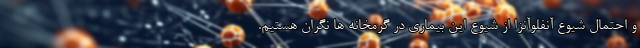
و احتمال شیوع آنفلوآنزا از شیوع این بیماری در گرمخانه ها نگران هستیم.